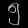
Digit: ၅